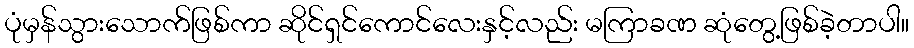
ပုံမှန်သွားသောက်ဖြစ်ကာ ဆိုင်ရှင်ကောင်လေးနှင့်လည်း မကြာခဏ ဆုံတွေ့ဖြစ်ခဲ့တာပါ။